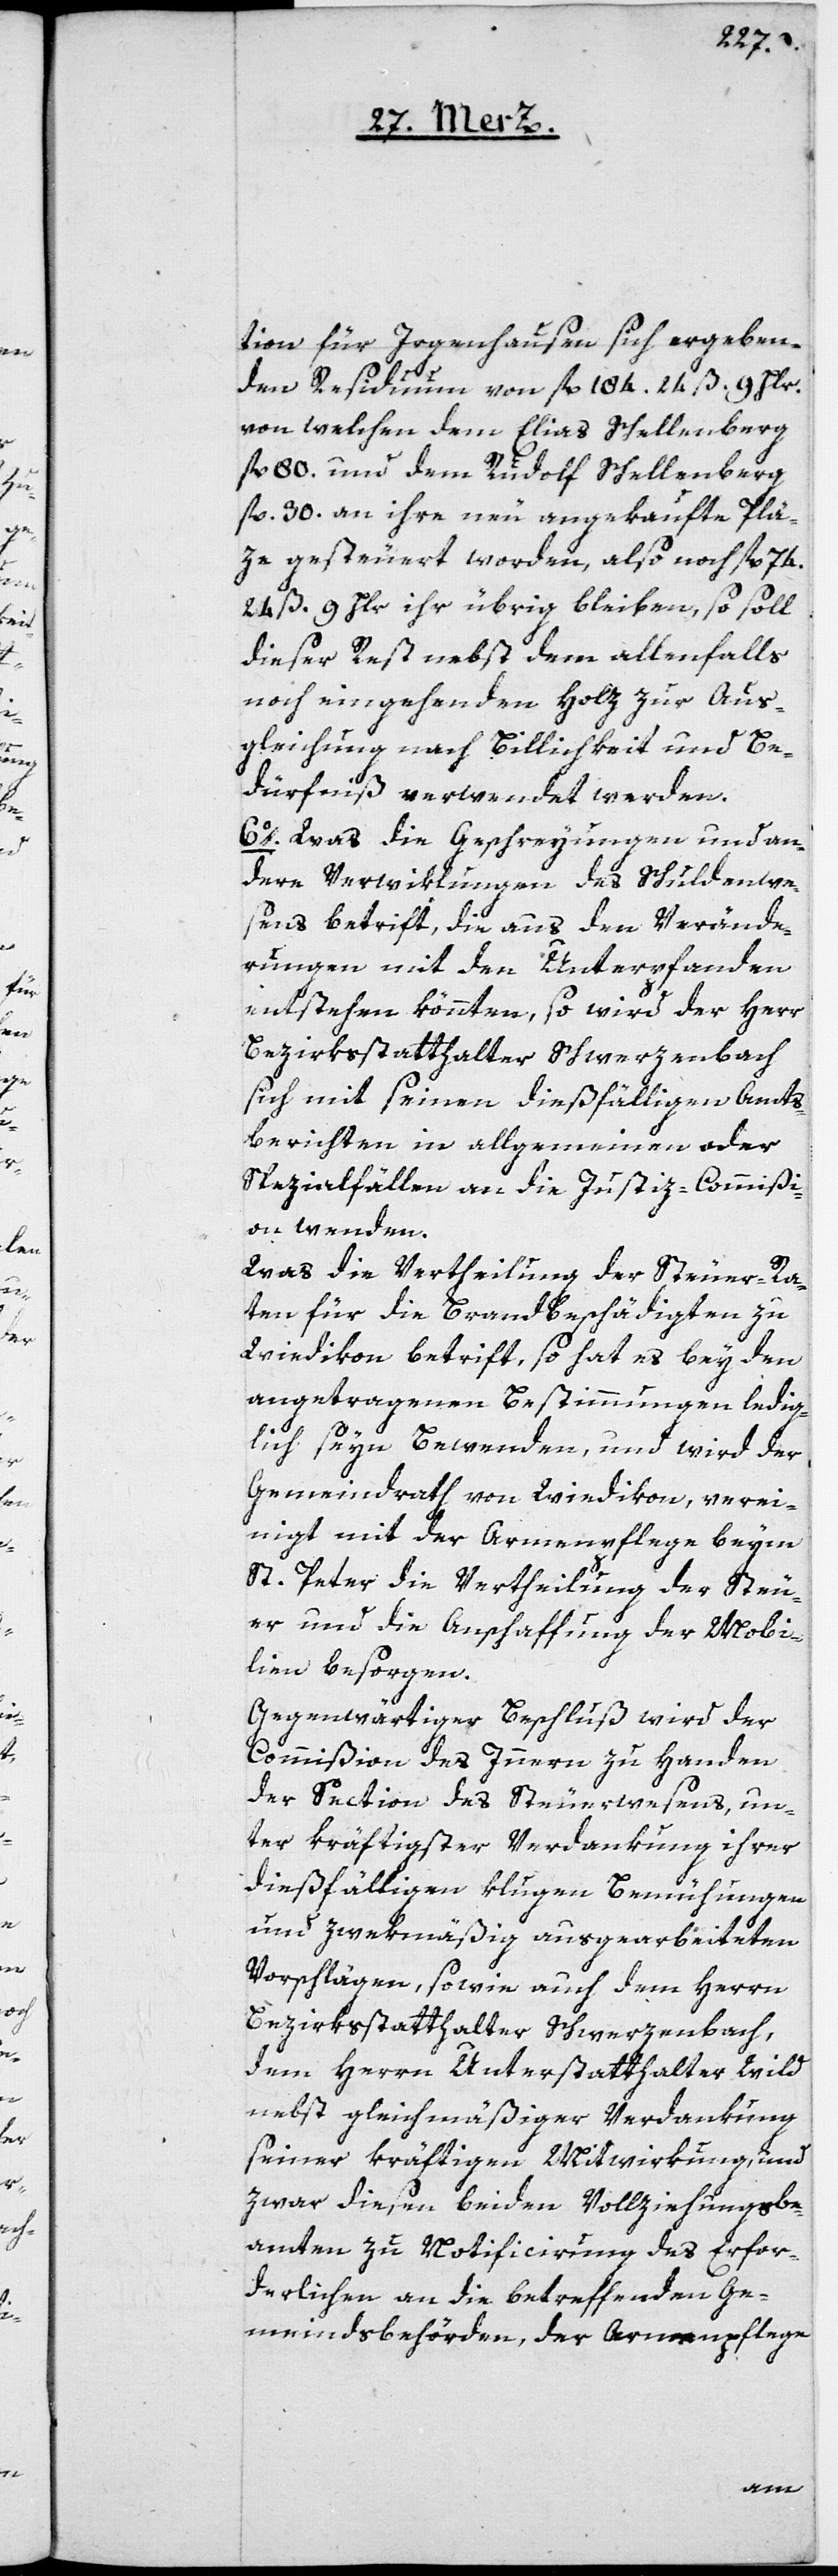
tion für Irgenhausen sich ergeben¬
den Residuum von fl. 184, 24 ß, 9 Hlr.
von welchen dem Elias Schellenberg
fl. 80 und dem Rudolf Schellenberg
fl. 30 an ihre neu angekaufte Plä¬
ze gesteuert worden, also noch fl. 74.
24 ß. 9 Hlr ihr übrig bleiben, so soll
dieser Rest nebst dem allenfalls
noch eingehenden Holz zur Aus¬
gleichung nach Billigkeit und Be¬
dürfniß verwendet werden.
6o. Was die Geschreyungen und an¬
dern Verwiklungen des Schuldenwe¬
sens betrift, die aus den Verände¬
rungen mit den Unterpfanden
entstehen könnten, so wird der Herr
Bezirksstatthalter Schwerzenbach
sich mit seinen dießfälligen Amts¬
berichten in allgemeinen oder
Spezialfällen an die Justiz-Commißi¬
on wenden.
Was die Vertheilung der Steuer-Ra¬
ten für die Brandbeschädigten zu
Wiedikon betrift, so hat es bey den
angetragenen Bestimmungen ledig¬
lich seyn Bewenden, und wird der
Gemeindrath von Wiedikon, verei¬
nigt mit der Armenpflege beym
St. Peter die Vertheilung der Steu¬
er und die Anschaffung der Mobi¬
lien besorgen.
Gegenwärtiger Beschluß wird der
Commißion des Innern zu Handen
der Section des Steuerwesens, un¬
ter kräftigster Verdankung ihrer
dießfälligen klugen Bemühungen
und zwekmäßig ausgearbeiteten
Vorschlägen, sowie auch dem Herrn
Bezirksstatthalter Schwerzenbach,
dem Herrn Unterstatthalter Wild
nebst gleichmäßiger Verdankung
seiner kräftigen Mitwirkung, und
zwar diesen beiden Vollziehungsbe¬
amten zu Notificirung des Erfor¬
derlichen an die betreffenden Ge¬
meindsbehörden, der Armenpflege